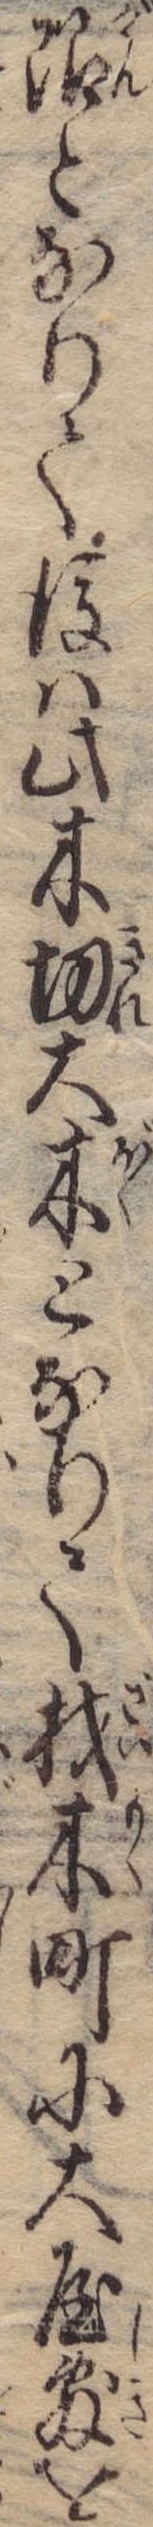
限となりて後は此木切大木となりて材木町に大屋敷を